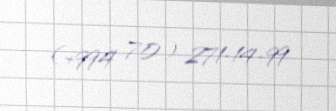
(+994 70) 271-14-99